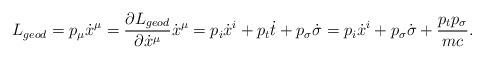
LaTeX: \begin{align*} L_{geod} = p_\mu \dot{x}^\mu = \frac{\partial L_{geod}}{\partial \dot{x}^\mu} \dot{x}^\mu = p_i \dot{x}^i + p_t \dot{t} + p_\sigma \dot{\sigma} = p_i \dot{x}^i + p_\sigma \dot{\sigma} + \frac{p_t p_\sigma}{mc}.\end{align*}